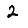
Digit: 2